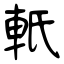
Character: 軝